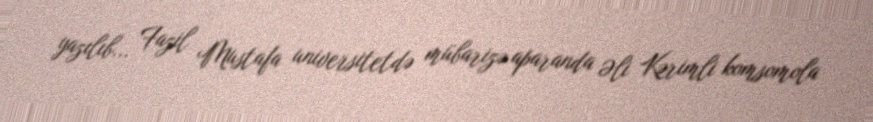
yazılıb... Fazil Mustafa universitetdə mübarizə aparanda Əli Kərimli komsomola